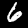
Digit: 6